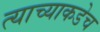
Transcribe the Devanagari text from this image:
त्याच्याकडेच